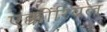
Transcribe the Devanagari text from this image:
एक्कोंरियल